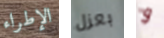
الإطراء بعزل و